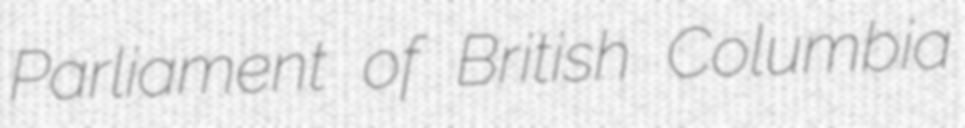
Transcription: Parliament of British Columbia